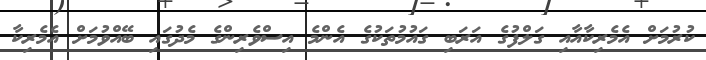
ކުރުމަށް އެމެރިކާއާއި ގަލްފުގެ އަރަބި ގައުމުތަކުގެ އެންމެ އިސްވެރިންގެ މެދުގައި ބޭއްވުމަށް އެމެރިކާ